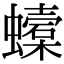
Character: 𧓜